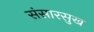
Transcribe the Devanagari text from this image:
संसारसुख